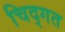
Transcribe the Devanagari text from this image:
चिद्गत